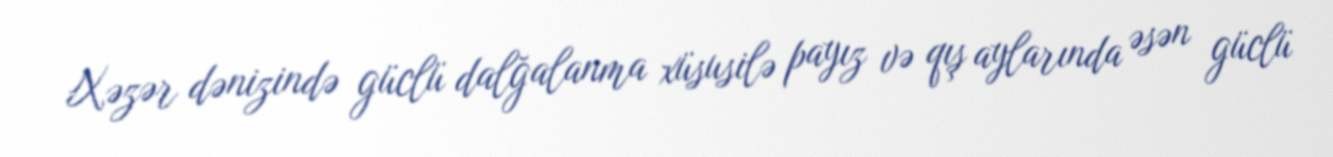
Xəzər dənizində güclü dalğalanma xüsusilə payız və qış aylarında əsən güclü